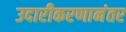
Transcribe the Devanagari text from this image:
उदारीकरणानंतर